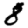
Digit: 8